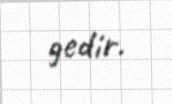
gedir.